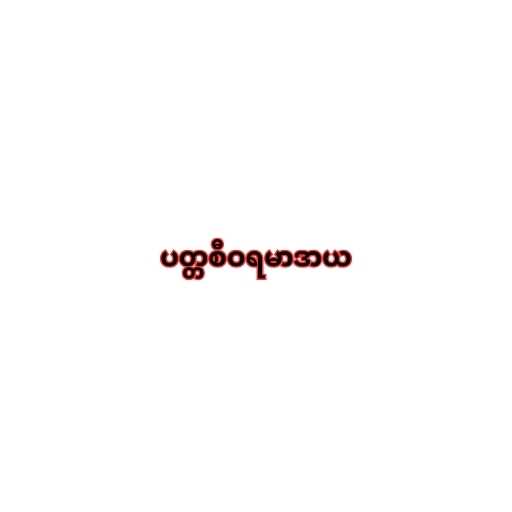
ပတ္တစီဝရမာဒာယ